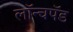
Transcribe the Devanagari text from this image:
लॉन्चपॅड